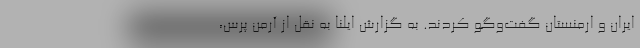
ایران و ارمنستان گفت‌وگو کردند. به گزارش ایلنا به نقل از آرمن پرس،